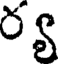
ర్య